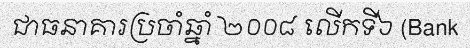
ជាធនាគារប្រចាំឆ្នាំ ២០០៨ លើកទី៦ (Bank